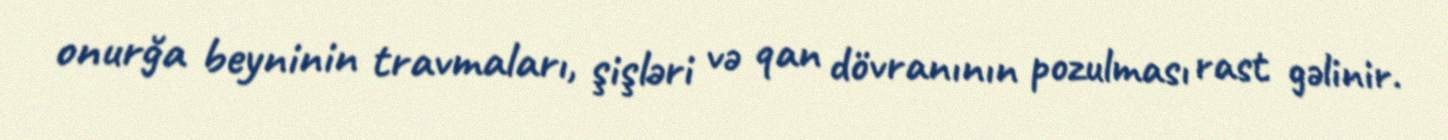
onurğa beyninin travmaları, şişləri və qan dövranının pozulması rast gəlinir.